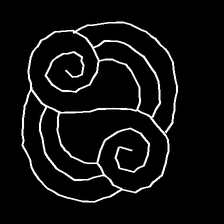
Glyph: wind-underfoot